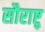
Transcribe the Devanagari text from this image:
सौराष्ट्र्